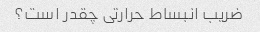
ضریب انبساط حرارتی چقدر است؟